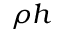
\rho h